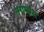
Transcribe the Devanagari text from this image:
नगमास